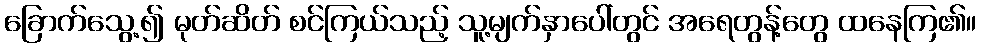
ခြောက်သွေ့၍ မုတ်ဆိတ် စင်ကြယ်သည့် သူ့မျက်နှာပေါ်တွင် အရေတွန့်တွေ ထနေကြ၏။